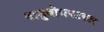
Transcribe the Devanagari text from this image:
अनुबोधपटकार